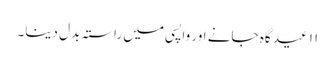
۱۱ عید گاہ جانے اور واپسی میں راستہ بدل دینا۔